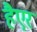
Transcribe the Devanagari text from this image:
हैएर